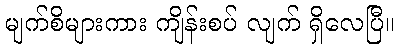
မျက်စိများကား ကျိန်းစပ် လျက် ရှိလေပြီ။